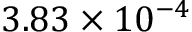
3 . 8 3 \times 1 0 ^ { - 4 }